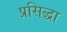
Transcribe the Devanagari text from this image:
प्रसिद्धा